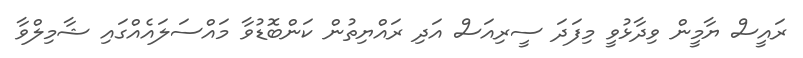
ރައީސް ޔާމީން ވިދާޅުވީ މިފަދަ ސީރިއަސް އަދި ރައްޔިތުން ކަންބޮޑުވާ މައްސަލައެއްގައި ޝާމިލްވާ